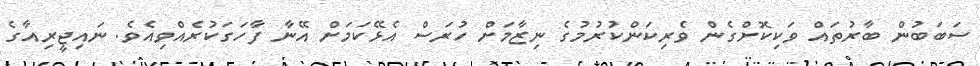
ސަބަބުން ބާރުތައް ވަކިކޮށްގެން ވެރިކަންކުރުމުގެ ނިޒާމަށް ހުރަސް އެޅޭކަމަށް އޭނާ ފާހަގަކުރެއްވިއެވެ. ނައިޖީރިއާގެ